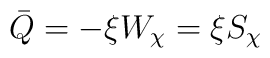
\bar{Q}=-\xi W_\chi=\xi S_{\chi}~~~